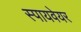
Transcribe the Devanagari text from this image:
स्पायवेयर